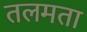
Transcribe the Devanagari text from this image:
तलमता